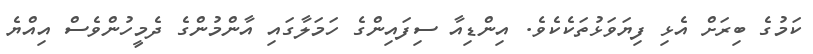
ކަމުގެ ބިރަށް އެޅި ފިޔަވަޅުތަކެކެވެ. އިންޑިއާ ސިފައިންގެ ހަމަލާގައި އާންމުންގެ ދެމީހުންވެސް އިއްޔެ